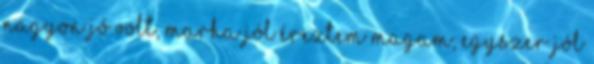
nagyon jó volt, marha jól éreztem magam, egyszer jól